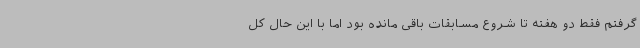
گرفتم فقط دو هفته تا شروع مسابقات باقی مانده بود اما با این حال کل